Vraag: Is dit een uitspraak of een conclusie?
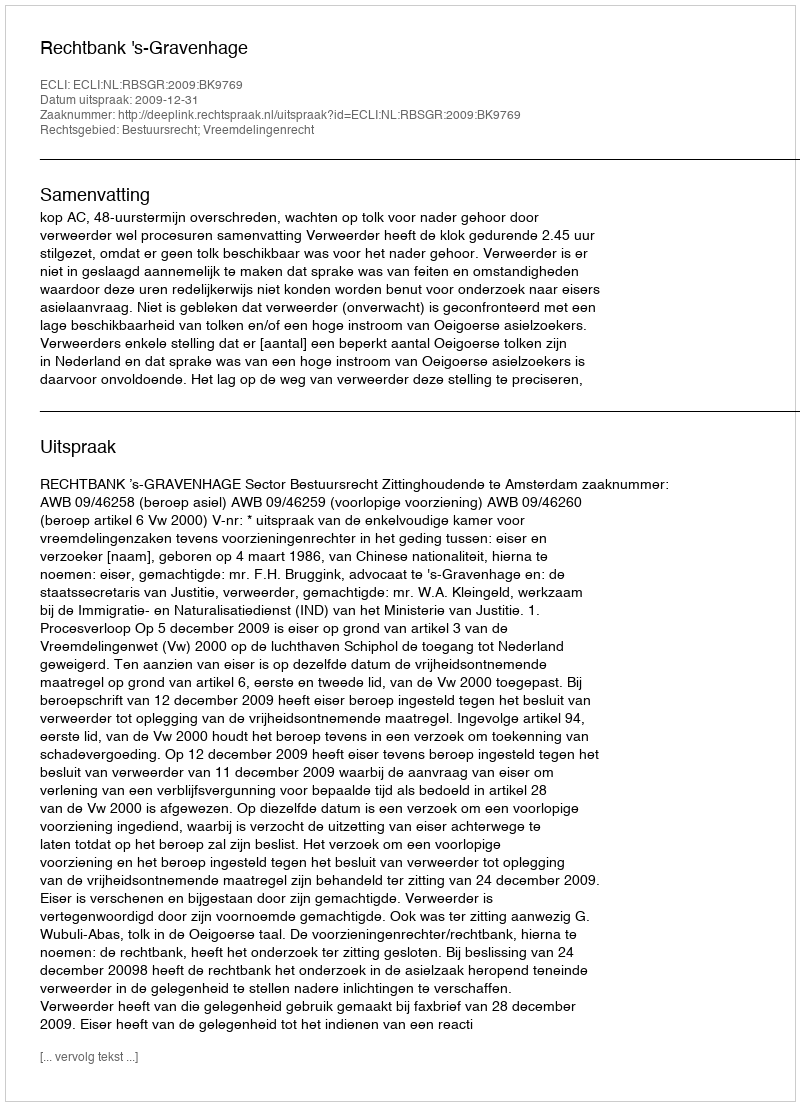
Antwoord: Uitspraak